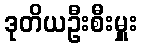
ဒုတိယဦးစီးမှူး